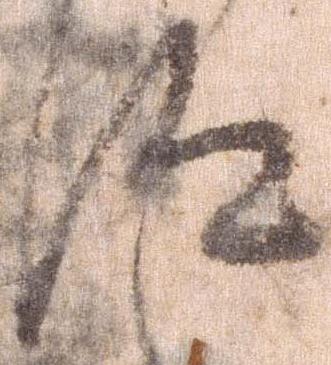
汰